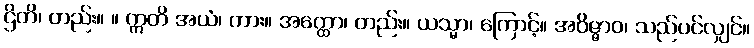
ဌိတိ၊ တည်း။ ။ ဣတိ အယံ၊ ကား။ အတ္ထော၊ တည်း။ ယသ္မာ၊ ကြောင့်။ အဝိဇ္ဇာဝ၊ သည်ပင်လျှင်။